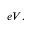
e V ,